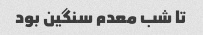
تا شب معدم سنگین بود